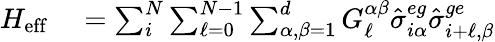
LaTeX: \begin{array}{rl}{H_{\mathrm{eff}}}&{{}=\sum_{i}^{N}\sum_{\ell=0}^{N-1}\sum_{\alpha,\beta=1}^{d}G_{\ell}^{\alpha\beta}\hat{\sigma}_{i\alpha}^{eg}\hat{\sigma}_{i+\ell,\beta}^{ge}}\end{array}